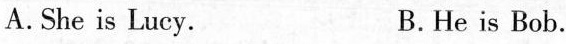
A.She is Lucy. B.He is Bob.